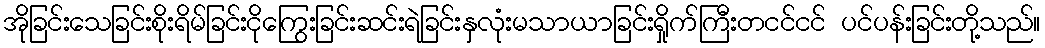
အိုခြင်းသေခြင်းစိုးရိမ်ခြင်းငိုကြွေးခြင်းဆင်းရဲခြင်းနှလုံးမသာယာခြင်းရှိုက်ကြီးတငင်ငင် ပင်ပန်းခြင်းတို့သည်။